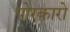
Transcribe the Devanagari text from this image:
पोरकारो